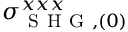
\sigma _ { \mathrm { ~ S ~ H ~ G ~ } , ( 0 ) } ^ { x x x }